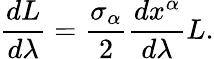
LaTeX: \frac{dL}{d\lambda}=\frac{\sigma_{\alpha}}{2}\frac{dx^{\alpha}}{d\lambda}L.